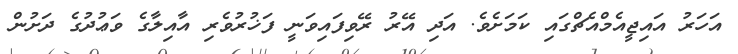
އަހަރު އައިޖީއެމްއެޗްގައި ކަމަށެވެ. އަދި އޭރު ރޭވިފައިވަނީ ފަޚުރުވެރި އާއިލާގެ ވަޢުދުގެ ދަށުން